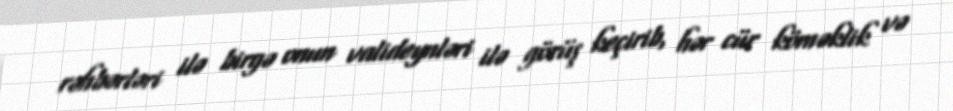
rəhbərləri ilə birgə onun valideynləri ilə görüş keçirib, hər cür köməklik və